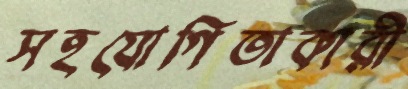
সহযোগিতাকারী